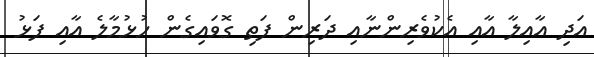
އަދި އާއިލާ އާއި އެކުވެރިންނާއި ދަރިން ފަތި ގޮވައިގެން ހުޅުމާލެ އާއި ފަޅު